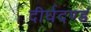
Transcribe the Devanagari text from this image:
दीर्घदण्डं